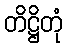
တိဋ္ဌိတုံ